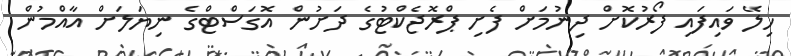
ހިލޭ ވައިފައި ފޯރުކޮށް ދިނުމަށް ފެށި ޕްރޮޖެކްޓުގެ ދަށުން އޮގަސްޓްގެ ނިޔަލަށް އާއްމުން